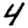
Digit: 4